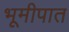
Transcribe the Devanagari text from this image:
भूमीपात